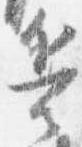
兵